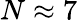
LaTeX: N\approx 7